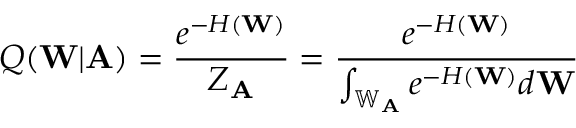
Q ( \mathbf { W } | \mathbf { A } ) = \frac { e ^ { - H ( \mathbf { W } ) } } { Z _ { \mathbf { A } } } = \frac { e ^ { - H ( \mathbf { W } ) } } { \int _ { \mathbb { W } _ { \mathbf { A } } } e ^ { - H ( \mathbf { W } ) } d \mathbf { W } }